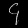
Digit: ၄